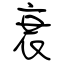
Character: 衰